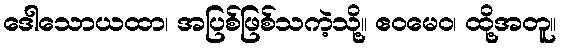
ဒေါသောယထာ၊ အပြစ်ဖြစ်သကဲ့သို့။ ဧဝမေဝ၊ ထို့အတူ။